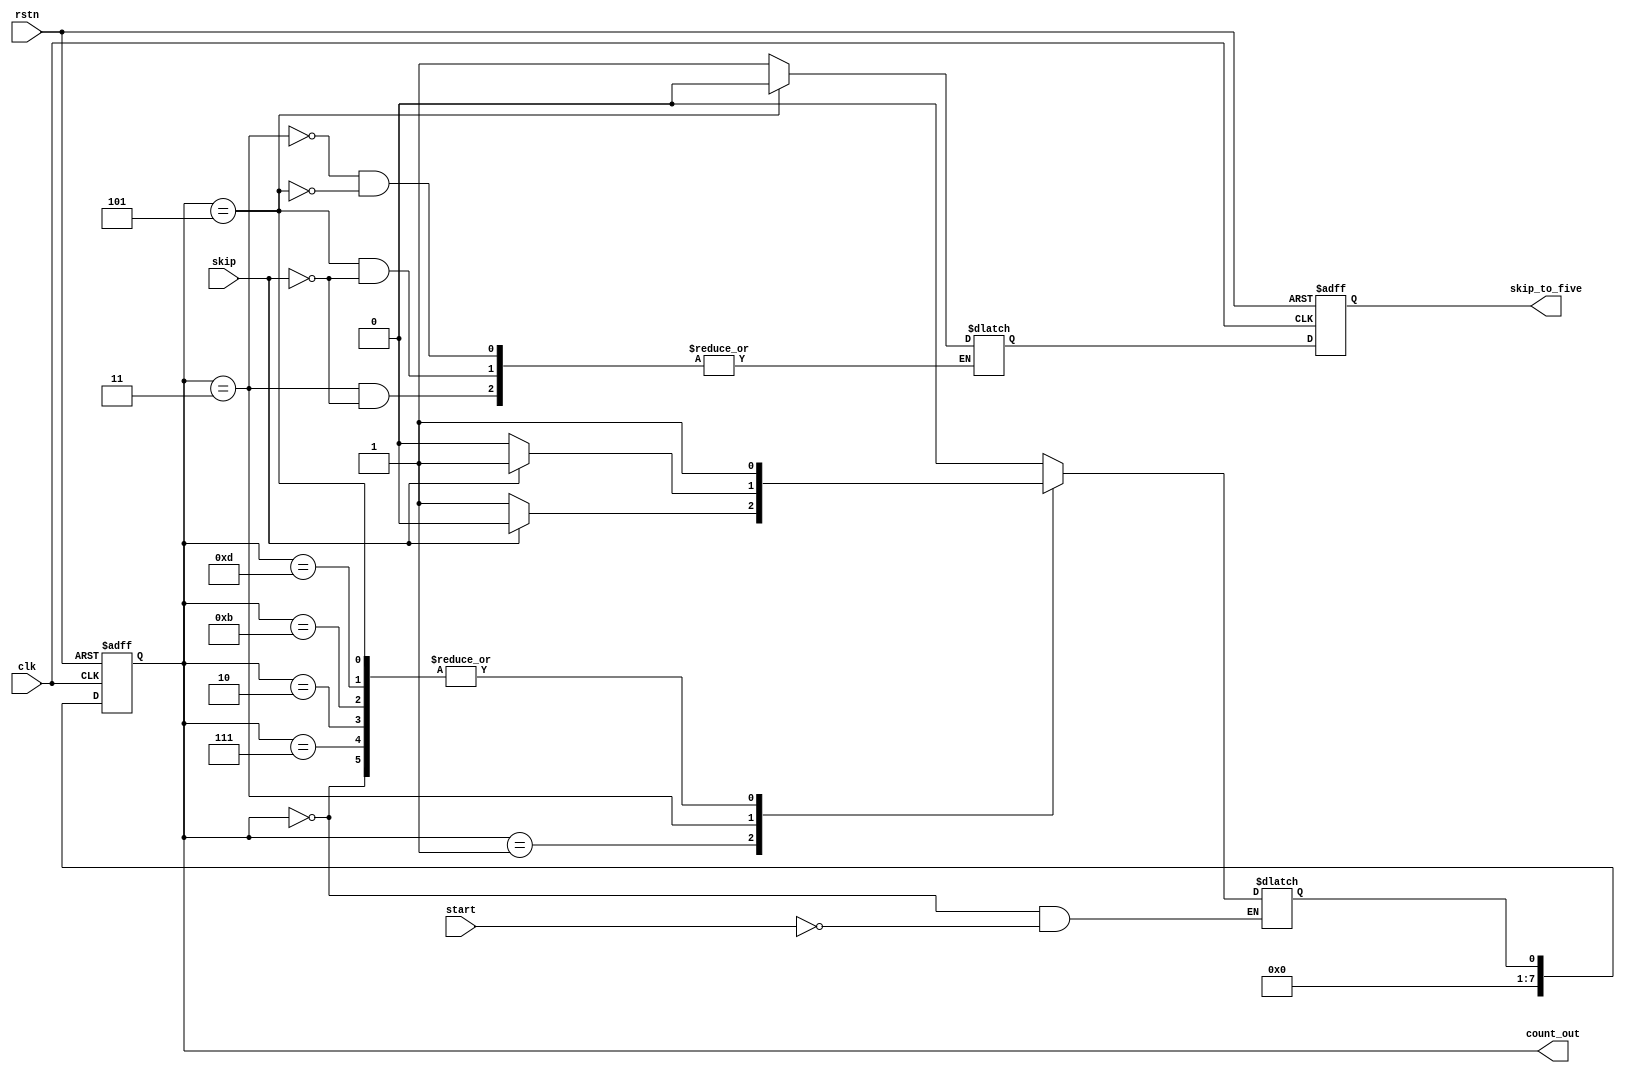
module FSM_counter_v2( clk, rstn, start, skip, skip_to_five, count_out);
	input 	clk, rstn, start, skip;
	output	skip_to_five; 
	output	[7:0] count_out;
	
	reg		Next_Count; 
	reg		[7:0] Next_Skip_to_five;
	
	always@(posedge clk or negedge rstn)
	begin
		if(!rstn)begin
		count_out	 = 'd0;
		skip_to_five = 1'b0;
		end
		
		else begin
		count_out	 = Next_Count;
		skip_to_five = Next_Skip_to_five;
		end
	end
	
	
	always@(*)
	begin
		case(count_out)
		8'd0 : if(start == 1'b1)
				Next_Count <= 'd7;		 
		8'd7 : if(skip == 1'b1)
				Next_Count <= 'd3;
			  else
				Next_Count <= 'd1;
		8'd1 : if(skip == 1'b1)
				Next_Count <= 'd2;
			  else
				Next_Count <= 'd3;
		8'd3 : if(skip == 1'b1)begin
				Next_Count   <= 'd5;
				Next_Skip_to_five<= 'b1;
				end
			   else
				Next_Count <= 'd2;
		8'd2 : if(skip == 1'b1)
				Next_Count <= 'd11;
			   else
				Next_Count <= 'd5;
		8'd5 : if(skip == 1'b1)begin
				Next_Count <= 'd13;
				Next_Skip_to_five <= 'b0;
				end
			  else
				Next_Count <= 'd11;
		8'd11 : Next_Count <= 'd13;
		8'd13 : Next_Count <= 'd7;
		default : Next_Count <= 'd0;
		endcase	
	end
	
	
		
endmodule